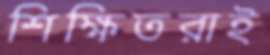
শিক্ষিতরাই